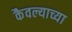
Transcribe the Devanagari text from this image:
कैवल्याच्या